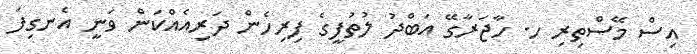
އިސް މޭސްތިރި ހ. ހާޖަރާގޭ އަބްދު ލުތުފީގެ ފިރިހެން ދަރިއެއްކަން ވަނީ އެނގިފަ